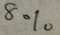
8 \%